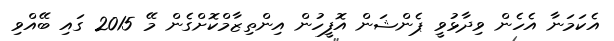
އެކަމަނާ އެހެން ވިދާޅުވީ ޕެންޝަން އޮފީހުން އިންތިޒާމްކޮށްގެން މޭ 2015 ގައި ބޭއްވި